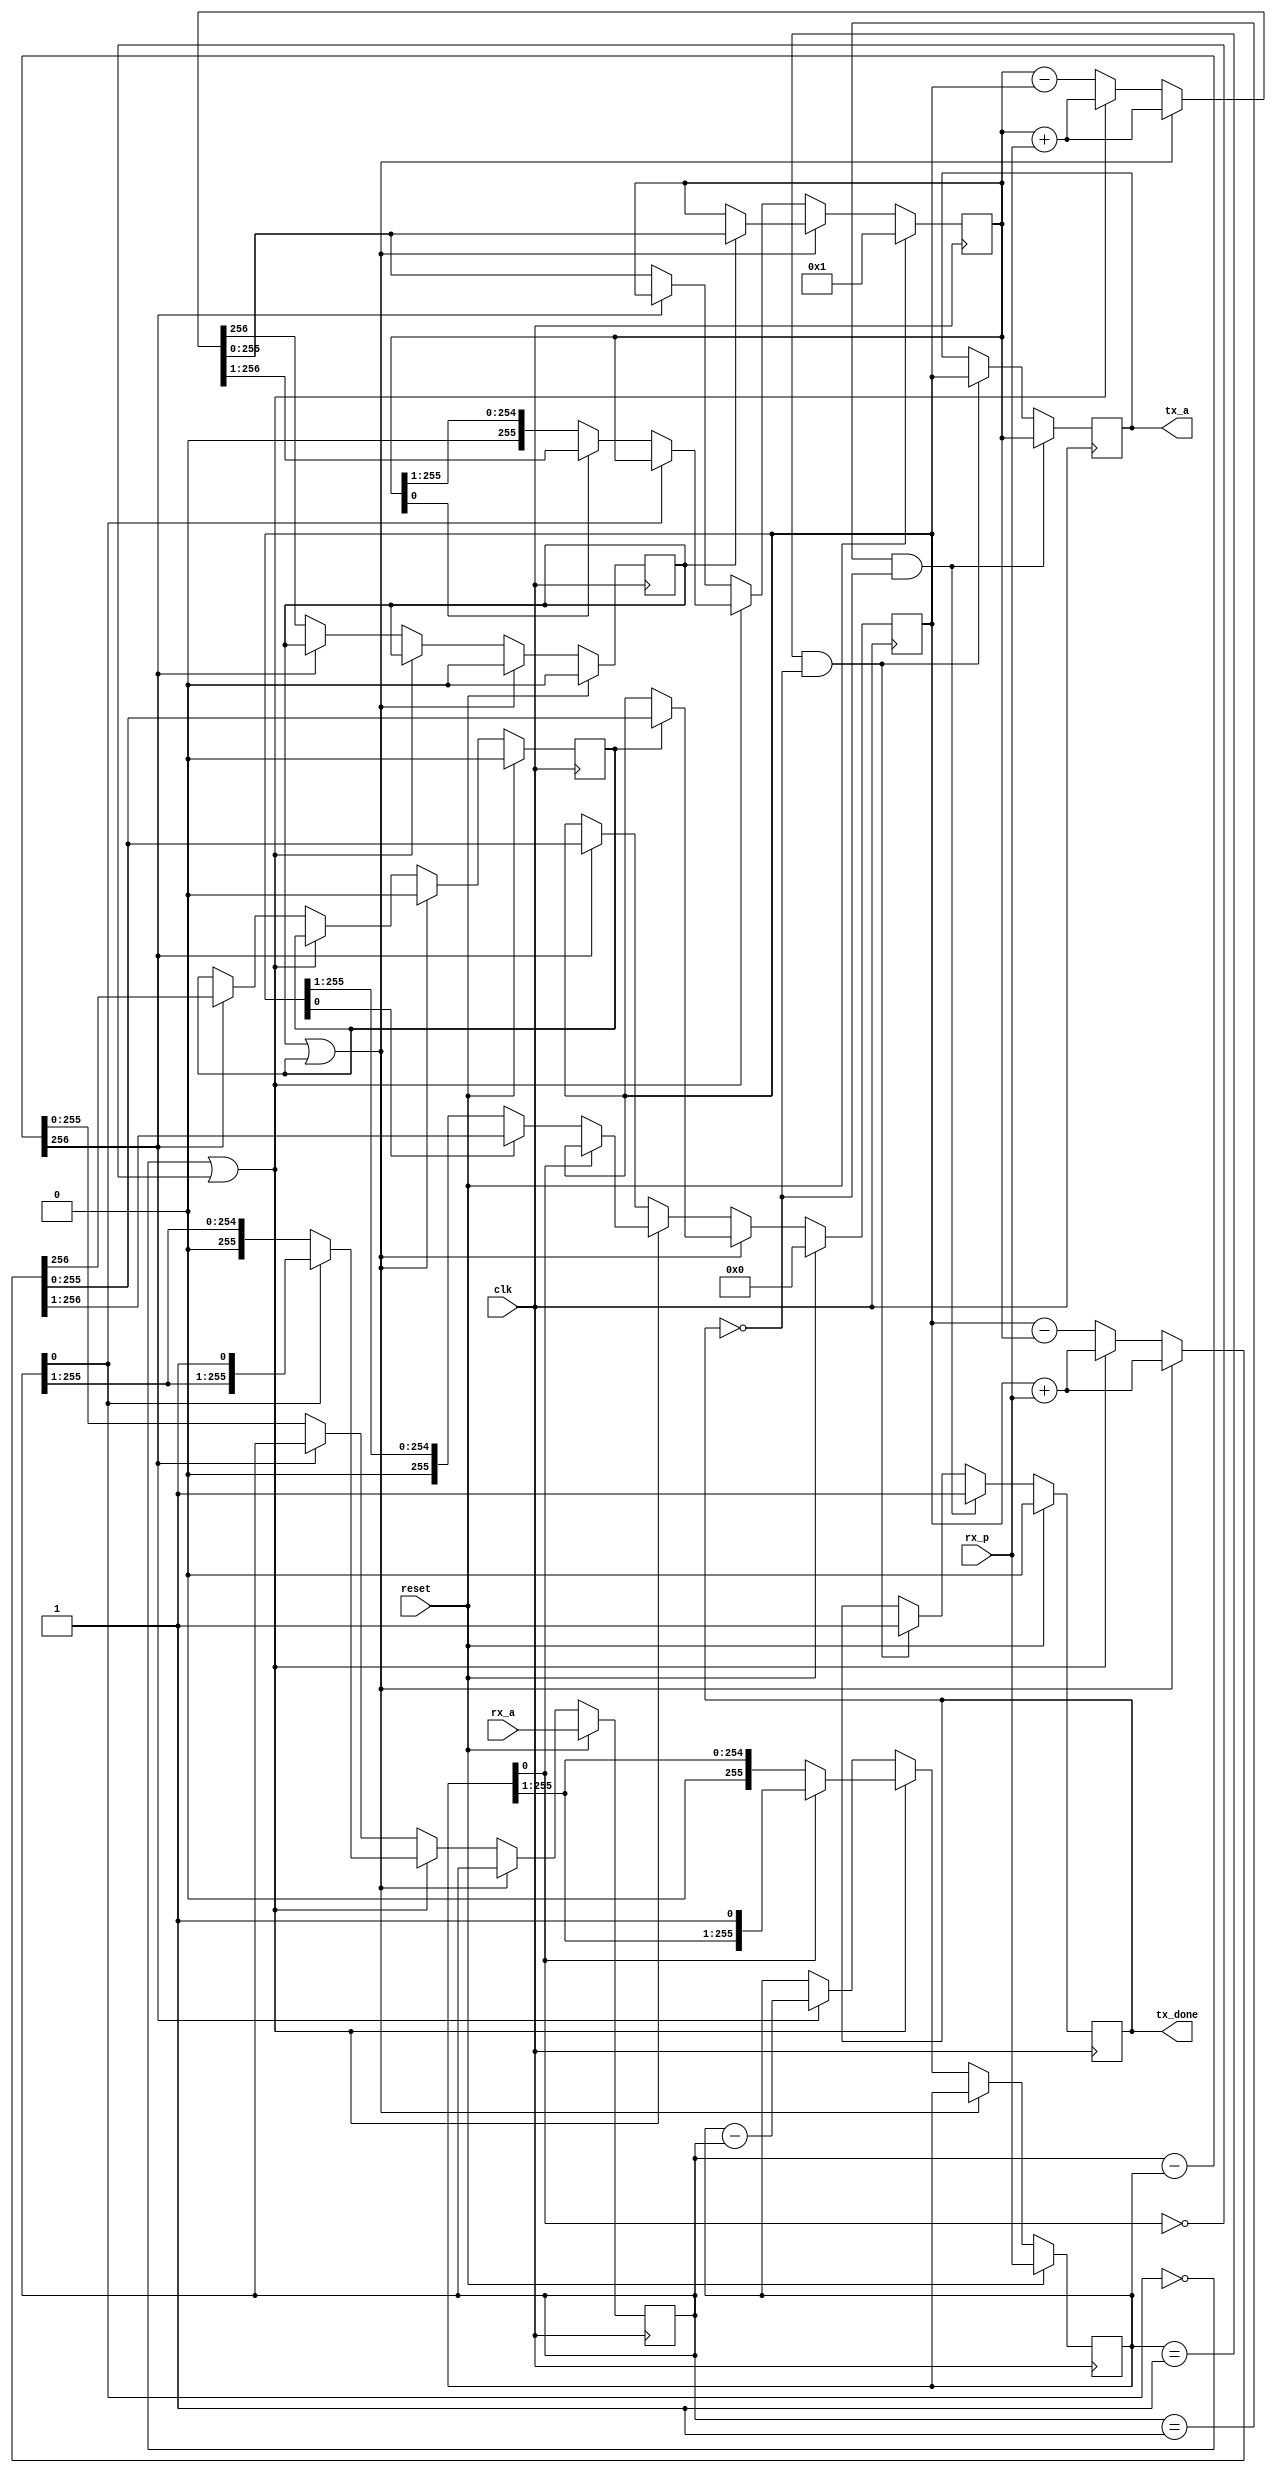
module ff_inv (
	input clk,
	input reset,
	input [255:0] rx_a,
	input [255:0] rx_p,
	output reg tx_done,
	output reg [255:0] tx_a
);
	reg [255:0] u, v, x, y;
	reg x_carry, y_carry;
	wire u_even = u[0] == 1'b0;
	wire v_even = v[0] == 1'b0;
	wire [256:0] u_minus_v = {1'b0, u} - {1'b0, v};
	wire [256:0] v_minus_u = {1'b0, v} - {1'b0, u};
	reg [256:0] x_adder, y_adder;
	always @ (*)
	begin
		if (x_carry || y_carry)
		begin
			x_adder = x + rx_p;
			y_adder = y + rx_p;
		end
		else if (u_even || v_even)
		begin
			x_adder = x + rx_p;
			y_adder = y + rx_p;
		end
		else
		begin
			x_adder = x - y;
			y_adder = y - x;
		end
	end
	always @ (posedge clk)
	begin
		if (u == 256'd1 && !tx_done)
		begin
			tx_done <= 1'b1;
			tx_a <= x;
		end
		else if (v == 256'd1 && !tx_done)
		begin
			tx_done <= 1'b1;
			tx_a <= y;
		end
		if (x_carry || y_carry)
		begin
			x <= x_carry ? x_adder[255:0] : x;
			y <= y_carry ? y_adder[255:0] : y;
			x_carry <= 1'b0;
			y_carry <= 1'b0;
		end
		else if (u_even || v_even)
		begin
			if (u_even)
			begin
				u <= u >> 1;
				if (x[0] == 1'b0)
					x <= x >> 1;
				else
					x <= x_adder[256:1];
			end
			if (v_even)
			begin
				v <= v >> 1;
				if (y[0] == 1'b0)
					y <= y >> 1;
				else
					y <= y_adder[256:1];
			end
		end
		else
		begin
			if (u_minus_v[256] == 1'b0)	
			begin
				u <= u_minus_v;
				x <= x_adder[255:0];
				x_carry <= x_adder[256];
			end
			else
			begin
				v <= v_minus_u;
				y <= y_adder[255:0];
				y_carry <= y_adder[256];
			end
		end
		if (reset)
		begin
			u <= rx_a;
			v <= rx_p;
			x <= 256'd1;
			y <= 256'd0;
			x_carry <= 1'b0;
			y_carry <= 1'b0;
			tx_done <= 1'b0;
		end
	end
endmodule